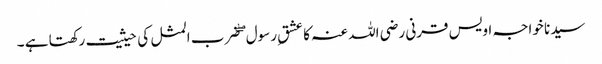
سیدنا خواجہ اویس قرنی رضی اللہ عنہ کا عشقِ رسول ۖ ضرب المثل کی حیثیت رکھتا ہے ۔